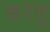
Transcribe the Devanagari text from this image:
करतु